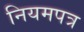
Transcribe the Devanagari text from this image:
नियमपत्र